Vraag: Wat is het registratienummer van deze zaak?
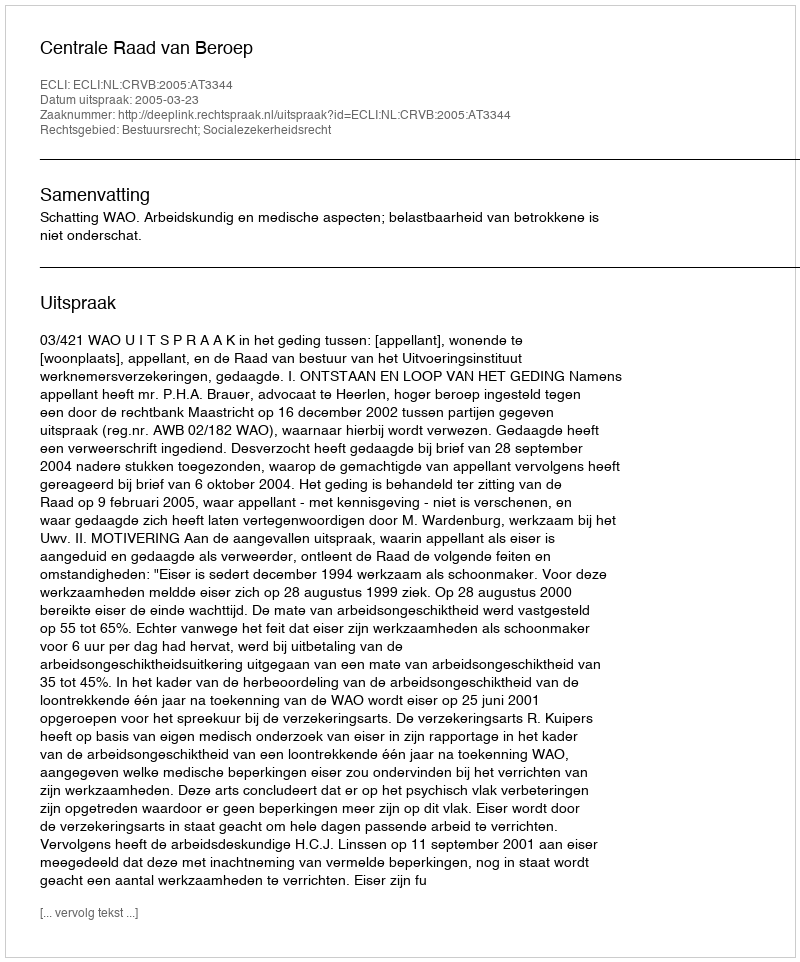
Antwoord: http://deeplink.rechtspraak.nl/uitspraak?id=ECLI:NL:CRVB:2005:AT3344